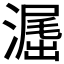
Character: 𣽶